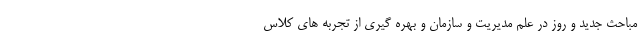
مباحث جدید و روز در علم مدیریت و سازمان و بهره گیری از تجربه های کلاس